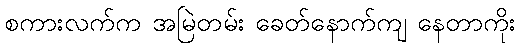
စကားလက်က အမြဲတမ်း ခေတ်နောက်ကျ နေတာကိုး